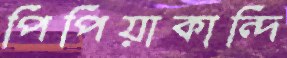
পিপিয়াকান্দি